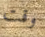
وقت